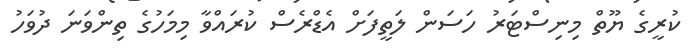
ކުރީގެ ޔޫތް މިނިސްޓަރު ހަސަން ލަތީފަށް އެޑްރެސް ކުރައްވާ މިމަހުގެ ތިންވަަނަ ދުވަހު